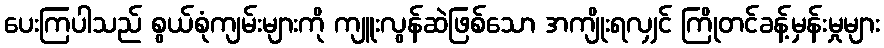
ပေးကြပါသည် စွယ်စုံကျမ်းများကို ကျူးလွန်ဆဲဖြစ်သော အကျိုးရလျှင် ကြိုတင်ခန့်မှန်းမှုများ